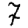
Digit: 7